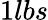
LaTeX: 1lbs